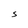
Character: S